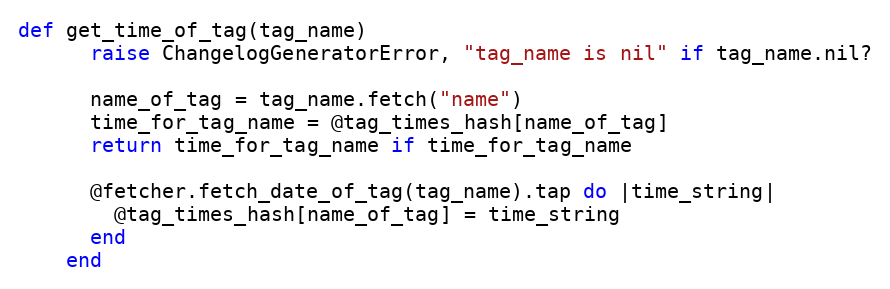
Language: Ruby
def get_time_of_tag(tag_name)
      raise ChangelogGeneratorError, "tag_name is nil" if tag_name.nil?

      name_of_tag = tag_name.fetch("name")
      time_for_tag_name = @tag_times_hash[name_of_tag]
      return time_for_tag_name if time_for_tag_name

      @fetcher.fetch_date_of_tag(tag_name).tap do |time_string|
        @tag_times_hash[name_of_tag] = time_string
      end
    end